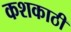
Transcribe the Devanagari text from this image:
कशकाठी